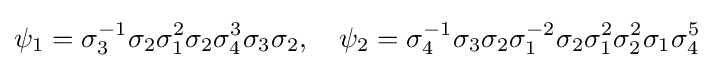
\psi _{1}=\sigma _{3}^{-1}\sigma _{2}\sigma _{1}^{2}\sigma _{2}\sigma _{4}^{3}\sigma _{3}\sigma _{2},\quad \psi _{2}=\sigma _{4}^{-1}\sigma _{3}\sigma _{2}\sigma _{1}^{-2}\sigma _{2}\sigma _{1}^{2}\sigma _{2}^{2}\sigma _{1}\sigma _{4}^{5}